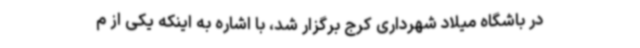
در باشگاه میلاد شهرداری کرج برگزار شد، با اشاره به اینکه یکی از م